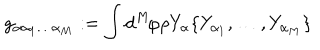
LaTeX: g _ { \alpha \alpha _ { 1 } \ldots \alpha _ { M } } : = \int d ^ { M } \! \varphi \rho Y _ { \alpha } \{ Y _ { \alpha _ { 1 } } , \ldots , Y _ { \alpha _ { M } } \}